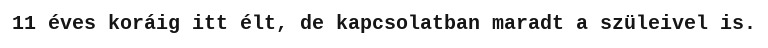
11 éves koráig itt élt, de kapcsolatban maradt a szüleivel is.